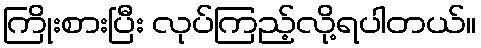
ကြိုးစားပြီး လုပ်ကြည့်လို့ရပါတယ်။